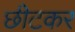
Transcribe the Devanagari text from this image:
छीटकर